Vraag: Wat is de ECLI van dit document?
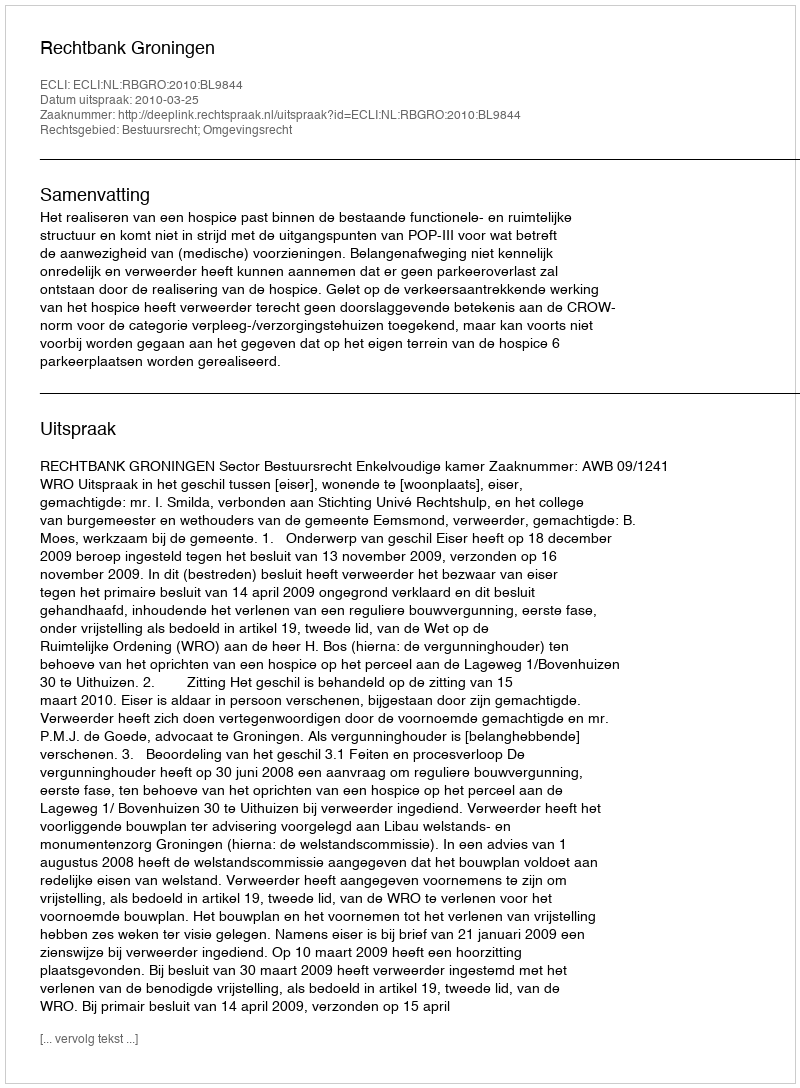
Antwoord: ECLI:NL:RBGRO:2010:BL9844